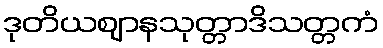
ဒုတိယဈာနသုတ္တာဒိသတ္တကံ